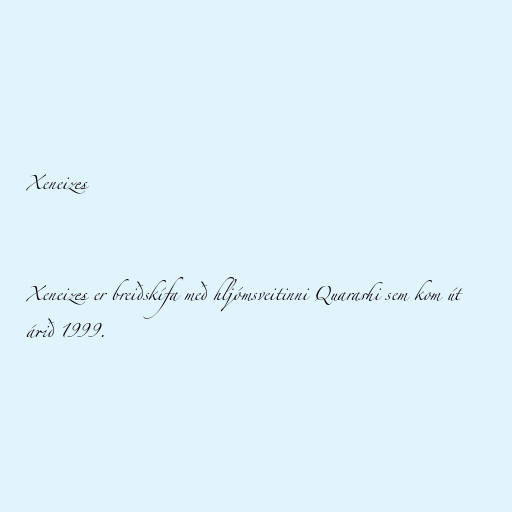
Xeneizes

Xeneizes er breiðskífa með hljómsveitinni Quarashi sem kom út
árið 1999.